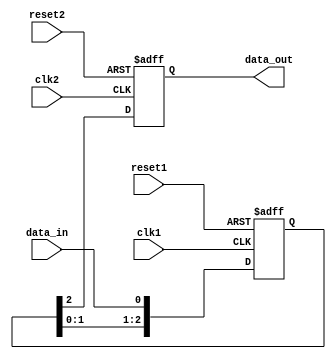
module timing_control_synchronization (
    input wire clk1,
    input wire clk2,
    input wire reset1,
    input wire reset2,
    input wire data_in,
    output reg data_out
);

reg [2:0] sync_reg;
reg sync_out;

always @(posedge clk1 or posedge reset1) begin
    if (reset1) begin
        sync_reg <= 3'b000;
    end else begin
        sync_reg <= {sync_reg[1:0], data_in};
    end
end

always @(posedge clk2 or posedge reset2) begin
    if (reset2) begin
        sync_out <= 1'b0;
    end else begin
        sync_out <= sync_reg[2];
    end
end

assign data_out = sync_out;

endmodule